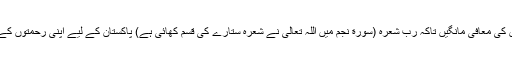
ہم سب اپنے گناہوں کی معافی مانگیں تاکہ ربِ شعرہ (سورة نجم میں اللہ تعالی نے شعرہ ستارے کی قسم کھائی ہے) پاکستان کے لیے اپنی رحمتوں کے دہانے کھول دیں۔